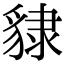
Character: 𧳙